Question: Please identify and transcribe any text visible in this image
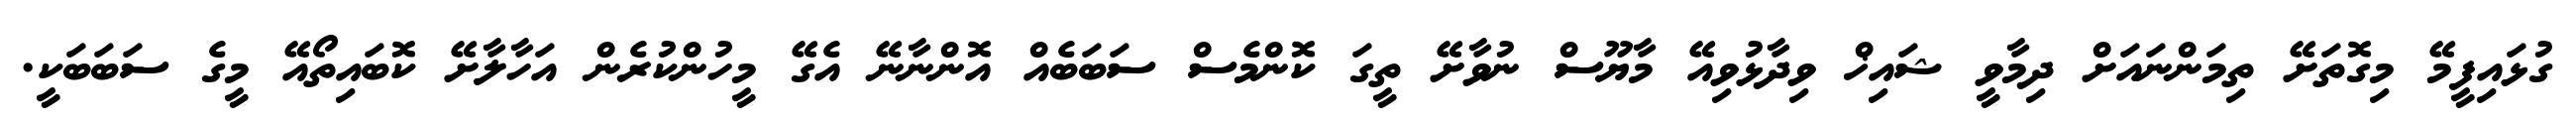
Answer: ގުޅައިފީމޭ މިގޮތަށޭ ތިމަންނައަށް ދިމާވީ ޝައިޚް ވިދާޅުވިއޭ މާޔޫސް ނުވާށޭ ތީގަ ކޮންމެސް ސަބަބެއް އޮންނާނޭ އެގޭ މީހުންކުރެން އަހާލާށޭ ކޮބައިތޯއޭ މީގެ ސަބަބަކީ.